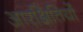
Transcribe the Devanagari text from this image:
आरक्षितियों